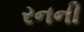
રનની